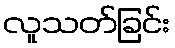
လူသတ်ခြင်း